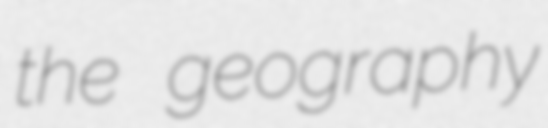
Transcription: the geography